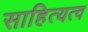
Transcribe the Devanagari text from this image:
साहित्यत्व